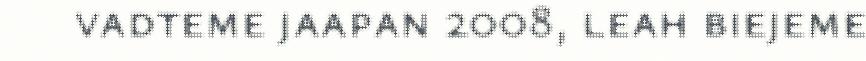
vadteme jaapan 2008, leah biejeme